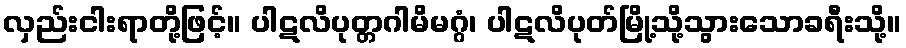
လှည်းငါးရာတို့ဖြင့်။ ပါဋလိပုတ္တဂါမိမဂ္ဂံ၊ ပါဋလိပုတ်မြို့သို့သွားသောခရီးသို့။